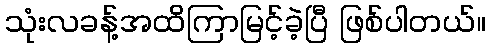
သုံးလခန့်အထိကြာမြင့်ခဲ့ပြီ ဖြစ်ပါတယ်။